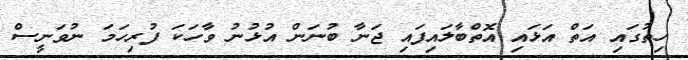
ހިތުގައި އަތް އަޅައި އޮތްބާލައިފައި ޖަނާ ބުނަން އުޅުނު ވާހަކަ ފުރިހަމަ ނުވަނީސް